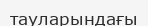
тауларындағы